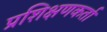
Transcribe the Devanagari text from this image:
प्रशिक्षणकर्ता